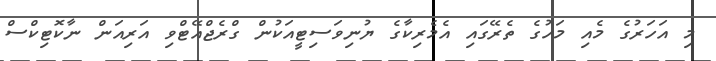
މި އަހަރުގެ މެއި މަހުގެ ތެރޭގައި އެމެރިކާގެ ޔުނިވަސިޓީއަކުން ގްރެޖްއޭޓްވި އަރިއަން ނާކޮޓިކްސް